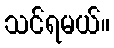
သင်ရမယ်။